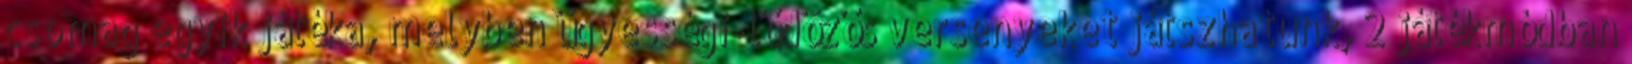
csomag egyik játéka, melyben ügyességi-lődözős versenyeket játszhatunk, 2 játékmódban